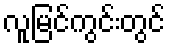
လူမြင်ကွင်းတွင်